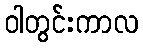
ဝါတွင်းကာလ